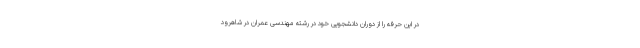
در این حرفه را از دوران دانشجویی خود در رشتهٔ مهندسی عمران در شاهرود